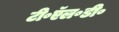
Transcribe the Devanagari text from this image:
टी॰ऍल॰डी॰